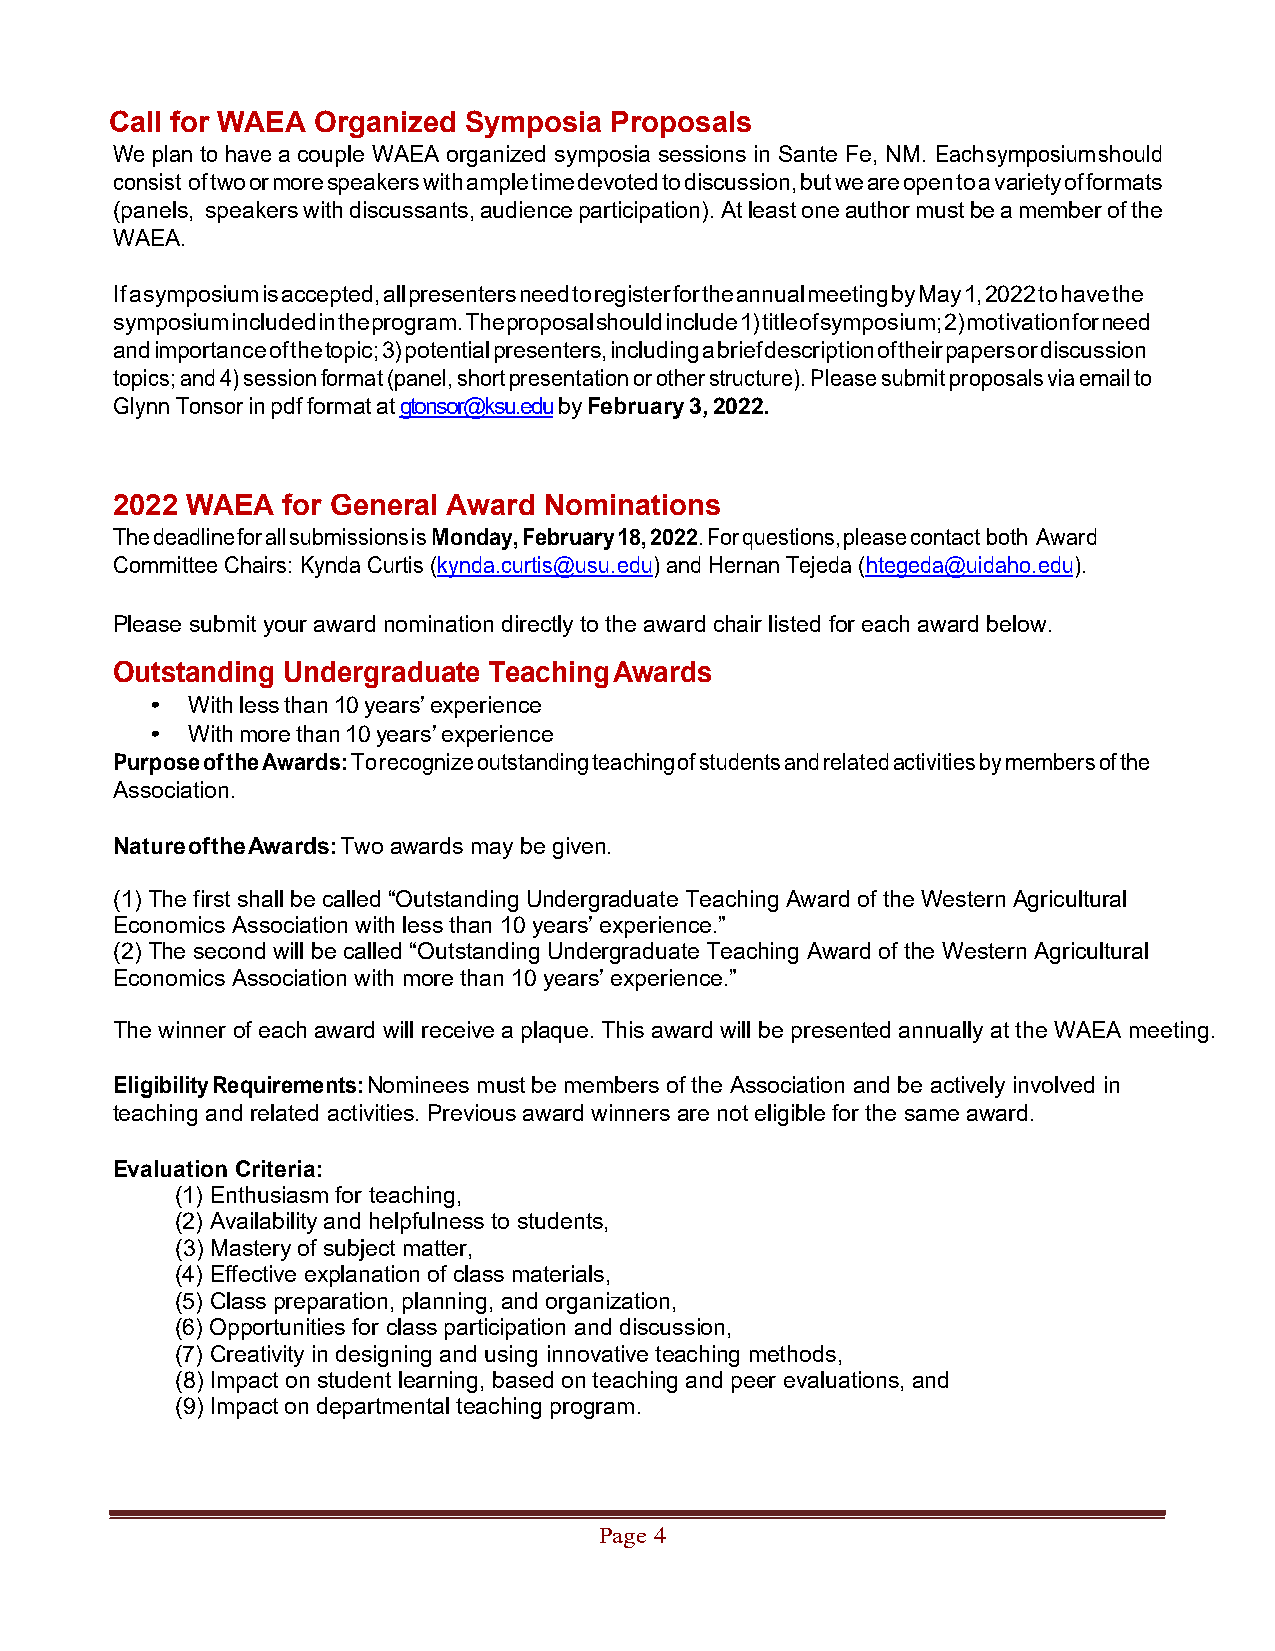
Call for WAEA Organized Symposia Proposals
 We plan to have a couple WAEA organized symposia sessions in Sante Fe, NM. Each symposium should
 consist of two or more speakers with ample time devoted to discussion, but we are open to a variety of formats
 (panels, speakers with discussants, audience participation). At least one author must be a member of the
 WAEA.
 If a symposium is accepted, all presenters need to register for the annual meeting by May 1, 2022 to have the
 symposium included in the program. The proposal should include 1) title of symposium; 2) motivation for need
 and importance of the topic; 3) potential presenters, including a brief description of their papers or discussion
 topics; and 4) session format (panel, short presentation or other structure). Please submit proposals via email to
 Glynn Tonsor in pdf format at gtonsor@ksu.edu by February 3, 2022.
 2022 WAEA   for General Award Nominations
 The deadline for all submissions is Monday, February 18, 2022. For questions, please contact both Award
 Committee Chairs: Kynda Curtis (kynda.curtis@usu.edu) and Hernan Tejeda (htegeda@uidaho.edu).
 Please submit your award nomination directly to the award chair listed for each award below.
 Outstanding Undergraduate Teaching Awards
 • With less than 10 years’ experience
 • With more than 10 years’ experience
 Purpose of the Awards: To recognize outstanding teaching of students and related activities by members of the
 Association.
 Nature of the Awards: Two awards may be given.
 (1) The first shall be called “Outstanding Undergraduate Teaching Award of the Western Agricultural
 Economics Association with less than 10 years’ experience.”
 (2) The second will be called “Outstanding Undergraduate Teaching Award of the Western Agricultural
 Economics Association with more than 10 years’ experience.”
 The winner of each award will receive a plaque. This award will be presented annually at the WAEA meeting.
 Eligibility Requirements: Nominees must be members of the Association and be actively involved in
 teaching and related activities. Previous award winners are not eligible for the same award.
 Evaluation Criteria:
 (1) Enthusiasm for teaching,
 (2) Availability and helpfulness to students,
 (3) Mastery of subject matter,
 (4) Effective explanation of class materials,
 (5) Class preparation, planning, and organization,
 (6) Opportunities for class participation and discussion,
 (7) Creativity in designing and using innovative teaching methods,
 (8) Impact on student learning, based on teaching and peer evaluations, and
 (9) Impact on departmental teaching program.
 Page 4